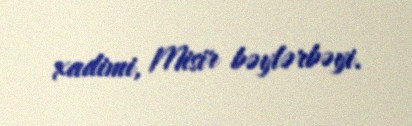
xadimi, Misir bəylərbəyi.